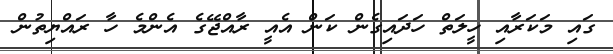
ގައި މަކަރާއި ހީލަތް ހަދައިގެން ކަން އެއީ ރާއްޖޭގެ އެންމެ ހާ ރައްޔިތުން